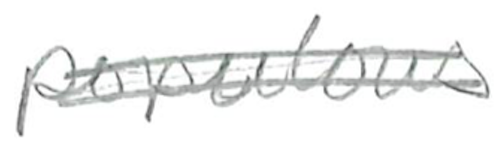
Text: populous
Cross-out: scratch
Writing tool: pencil